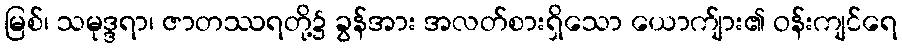
မြစ်၊ သမုဒ္ဒရာ၊ ဇာတဿရတို့၌ ခွန်အား အလတ်စားရှိသော ယောက်ျား၏ ဝန်းကျင်ရေ